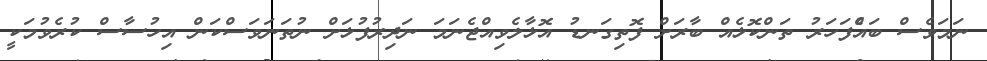
ނަމަވެސް ބައެްފަހަރު ތަންކޮޅެއް ބާރަށް ފޮތިގަނޑު އޮޅާލެވިއްޖެނަމަ ނަދިރުފުޅަށް ނުތަނަވަސްކަން އިހުސާސް ކުރެވުމަކީ